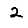
Digit: 2